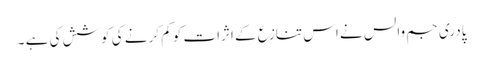
پادری جم والس نے اس تنازع کے اثرات کو کم کرنے کی کوشش کی ہے ۔